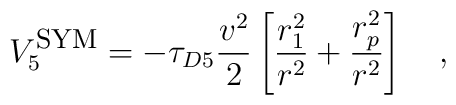
V_5^{\mbox{\footnotesize{SYM}}} = -\tau_{D5} {\frac{v^2}{2}} \left[{\frac{r_1^2}{r^2}} + {\frac{r_p^2}{r^2}} \right] \quad ,